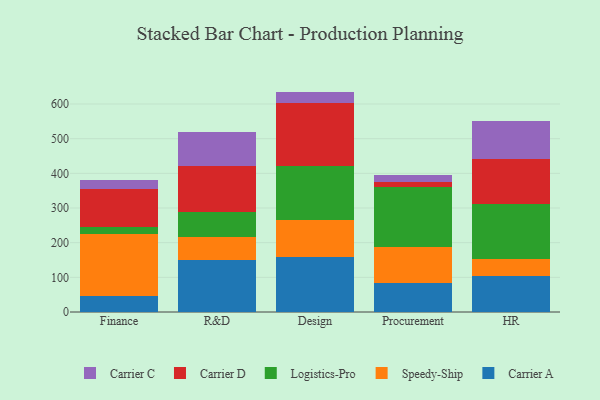
{"axis": {"x": "Department", "y": "Humidity (%)"}, "legend": ["Carrier A", "Carrier C", "Carrier D", "Logistics-Pro", "Speedy-Ship"], "data": [{"x": "Finance", "y": 46.2, "type": "Carrier A"}, {"x": "Finance", "y": 179.1, "type": "Speedy-Ship"}, {"x": "Finance", "y": 20.7, "type": "Logistics-Pro"}, {"x": "Finance", "y": 108.3, "type": "Carrier D"}, {"x": "Finance", "y": 26.4, "type": "Carrier C"}, {"x": "R&D", "y": 150.5, "type": "Carrier A"}, {"x": "R&D", "y": 65.2, "type": "Speedy-Ship"}, {"x": "R&D", "y": 73.5, "type": "Logistics-Pro"}, {"x": "R&D", "y": 130.8, "type": "Carrier D"}, {"x": "R&D", "y": 100.4, "type": "Carrier C"}, {"x": "Design", "y": 157.7, "type": "Carrier A"}, {"x": "Design", "y": 106.6, "type": "Speedy-Ship"}, {"x": "Design", "y": 158.0, "type": "Logistics-Pro"}, {"x": "Design", "y": 179.6, "type": "Carrier D"}, {"x": "Design", "y": 33.9, "type": "Carrier C"}, {"x": "Procurement", "y": 83.0, "type": "Carrier A"}, {"x": "Procurement", "y": 105.6, "type": "Speedy-Ship"}, {"x": "Procurement", "y": 171.7, "type": "Logistics-Pro"}, {"x": "Procurement", "y": 14.3, "type": "Carrier D"}, {"x": "Procurement", "y": 21.1, "type": "Carrier C"}, {"x": "HR", "y": 103.9, "type": "Carrier A"}, {"x": "HR", "y": 48.7, "type": "Speedy-Ship"}, {"x": "HR", "y": 160.2, "type": "Logistics-Pro"}, {"x": "HR", "y": 129.8, "type": "Carrier D"}, {"x": "HR", "y": 109.1, "type": "Carrier C"}]}